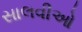
સાલવીઓ